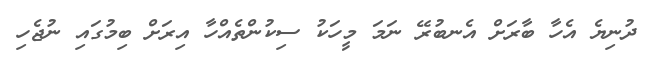
ދުނިޔެ އެހާ ބާރަށް އެނބުރޭ ނަމަ މީހަކު ސިކުންތެއްހާ އިރަށް ބިމުގައި ނުޖެހި